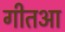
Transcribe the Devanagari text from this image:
गीतआ